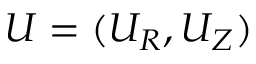
U = ( U _ { R } , U _ { Z } )